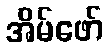
အိမ်ဖော်